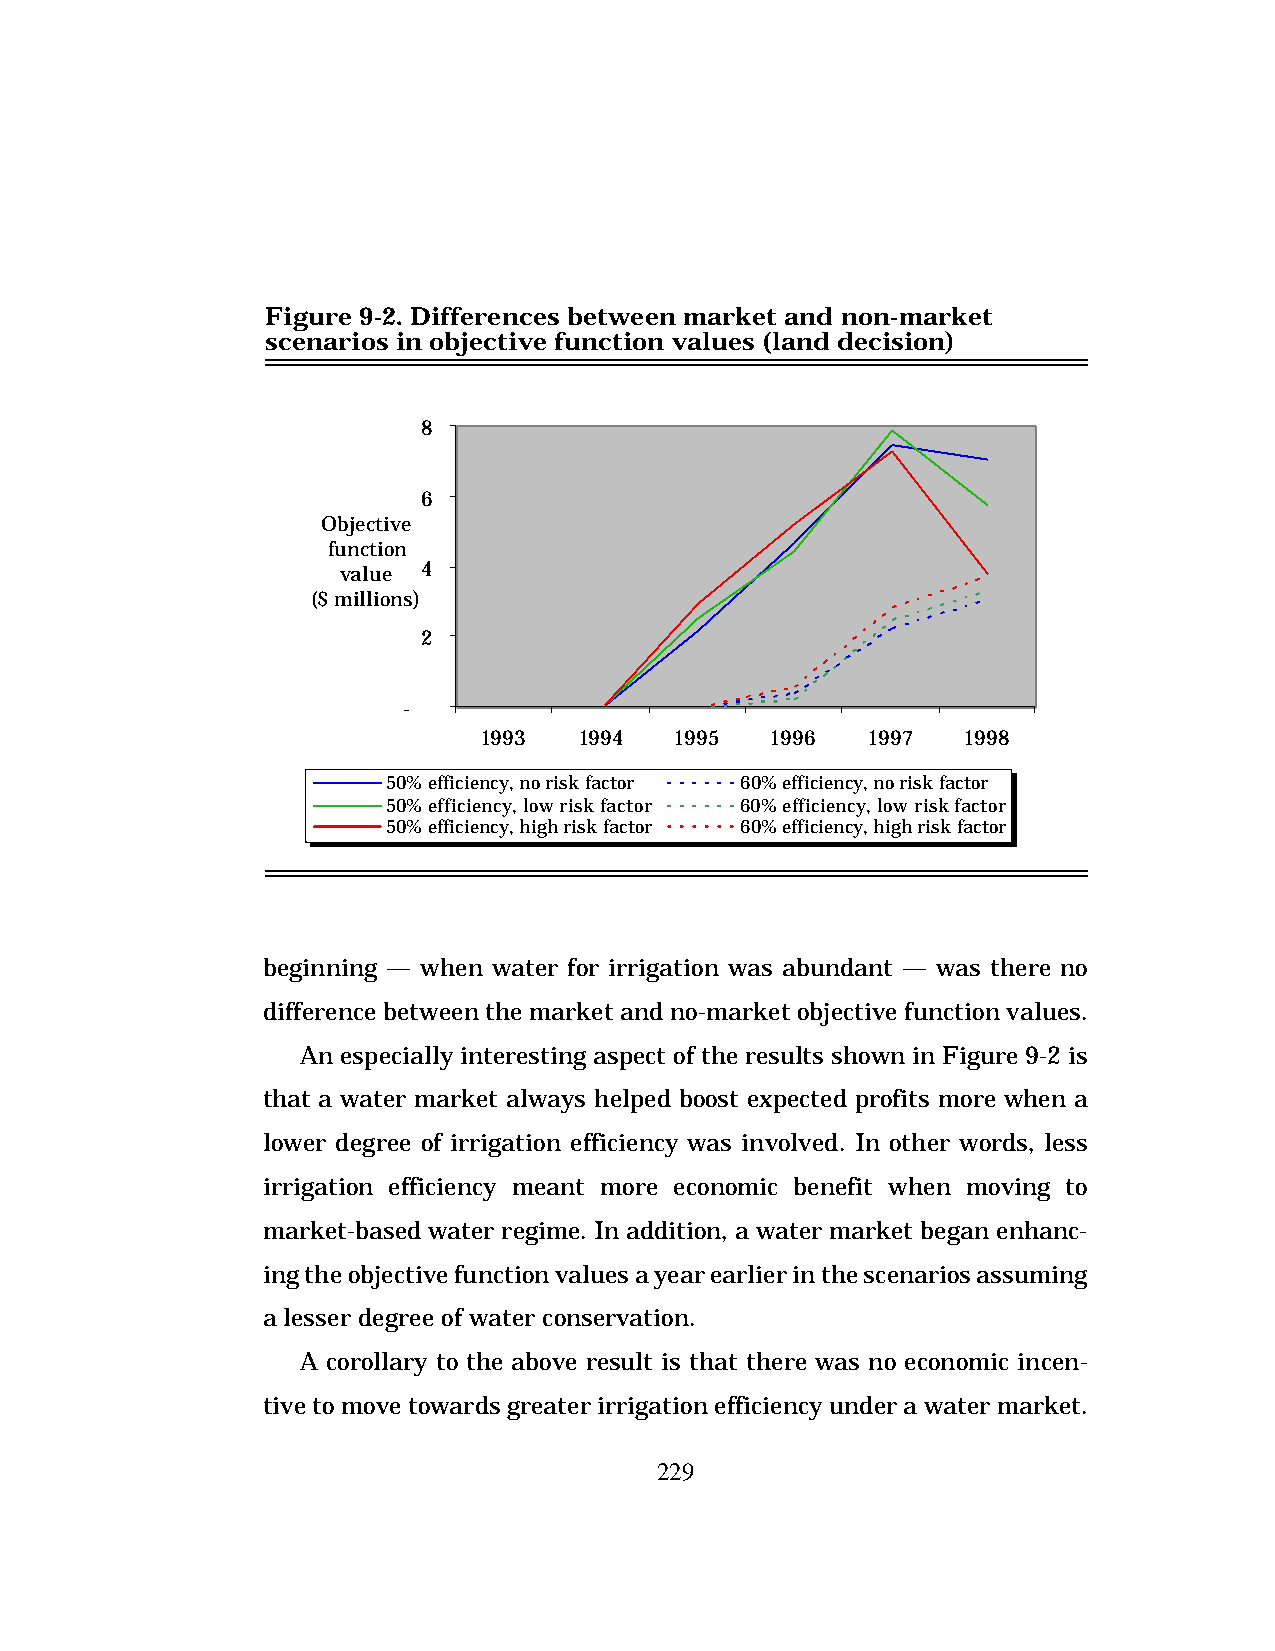
Figure 9-2. Differences between market and non-market
 scenarios in objective function values (land decision)
 8
 6
 Objective
 function
 value 4
 ($ millions)
 2
 -
 1993  1994   1995  1996  1997   1998
 50% efficiency, no risk factor 60% efficiency, no risk factor
 50% efficiency, low risk factor 60% efficiency, low risk factor
 50% efficiency, high risk factor 60% efficiency, high risk factor
 beginning — when water for irrigation was abundant — was there no
 difference between the market and no-market objective function values.
 An especially interesting aspect of the results shown in Figure 9-2 is
 that a water market always helped boost expected profits more when a
 lower degree of irrigation efficiency was involved. In other words, less
 irrigation efficiency meant more economic benefit when moving to
 market-based water regime. In addition, a water market began enhanc-
 ing the objective function values a year earlier in the scenarios assuming
 a lesser degree of water conservation.
 A corollary to the above result is that there was no economic incen-
 tive to move towards greater irrigation efficiency under a water market.
 229